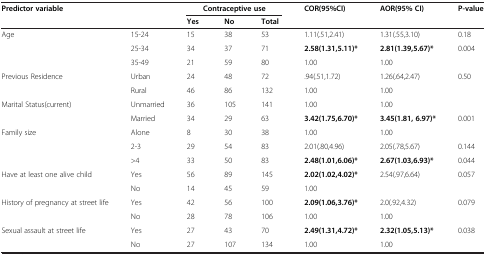
<table><thead><tr><td colspan="2"><b>Predictor variable</b></td><td colspan="3"><b>Contraceptive use</b></td><td><b>COR(95%CI)</b></td><td><b>AOR(95% CI)</b></td><td><b>P-value</b></td></tr><tr><td><b> </b></td><td><b> </b></td><td><b>Yes</b></td><td><b>No</b></td><td><b>Total</b></td><td><b> </b></td><td><b> </b></td><td><b> </b></td></tr></thead><tbody><tr><td>Age</td><td>15-24</td><td>15</td><td>38</td><td>53</td><td>1.11(.51,2.41)</td><td>1.31(.55,3.10)</td><td>0.18</td></tr><tr><td> </td><td>25-34</td><td>34</td><td>37</td><td>71</td><td><b>2.58(1.31,5.11)*</b></td><td><b>2.81(1.39,5.67)*</b></td><td>0.004</td></tr><tr><td> </td><td>35-49</td><td>21</td><td>59</td><td>80</td><td>1.00</td><td>1.00</td><td> </td></tr><tr><td>Previous Residence</td><td>Urban</td><td>24</td><td>48</td><td>72</td><td>.94(.51,1.72)</td><td>1.26(.64,2.47)</td><td>0.50</td></tr><tr><td> </td><td>Rural</td><td>46</td><td>86</td><td>132</td><td>1.00</td><td>1.00</td><td> </td></tr><tr><td>Marital Status(current)</td><td>Unmarried</td><td>36</td><td>105</td><td>141</td><td>1.00</td><td>1.00</td><td> </td></tr><tr><td> </td><td>Married</td><td>34</td><td>29</td><td>63</td><td><b>3.42(1.75,6.70)*</b></td><td><b>3.45(1.81, 6.97)*</b></td><td>0.001</td></tr><tr><td>Family size</td><td>Alone</td><td>8</td><td>30</td><td>38</td><td>1.00</td><td>1.00</td><td> </td></tr><tr><td> </td><td>2-3</td><td>29</td><td>54</td><td>83</td><td>2.01(.80,4.96)</td><td>2.05(.78,5.67)</td><td>0.144</td></tr><tr><td> </td><td>&gt;4</td><td>33</td><td>50</td><td>83</td><td><b>2.48(1.01,6.06)*</b></td><td><b>2.67(1.03,6.93)*</b></td><td>0.044</td></tr><tr><td>Have at least one alive child</td><td>Yes</td><td>56</td><td>89</td><td>145</td><td><b>2.02(1.02,4.02)*</b></td><td>2.54(.97,6.64)</td><td>0.057</td></tr><tr><td> </td><td>No</td><td>14</td><td>45</td><td>59</td><td>1.00</td><td> </td><td> </td></tr><tr><td>History of pregnancy at street life</td><td>Yes</td><td>42</td><td>56</td><td>100</td><td><b>2.09(1.06,3.76)*</b></td><td>2.0(.92,4.32)</td><td>0.079</td></tr><tr><td> </td><td>No</td><td>28</td><td>78</td><td>106</td><td>1.00</td><td>1.00</td><td> </td></tr><tr><td>Sexual assault at street life</td><td>Yes</td><td>27</td><td>43</td><td>70</td><td><b>2.49(1.31,4.72)*</b></td><td><b>2.32(1.05,5.13)*</b></td><td>0.038</td></tr><tr><td> </td><td>No</td><td>27</td><td>107</td><td>134</td><td>1.00</td><td>1.00</td><td> </td></tr></tbody></table>